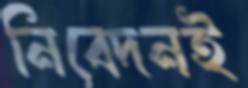
নিবেদনই